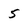
Character: 5